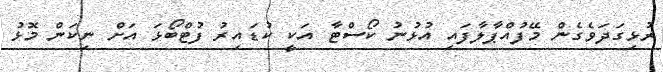
ރުޅިގަދަވެގެން މޭފުއްޕާލާފައި އުޅުނު ކޯސްޓާ އަކީ ކުޑައިރު ފުޓްބޯޅަ އަށް ނިކަން މޮޅު